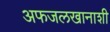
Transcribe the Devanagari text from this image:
अफजलखानाशी